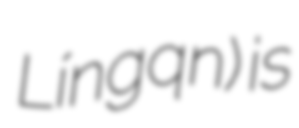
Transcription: Língqǐn) is